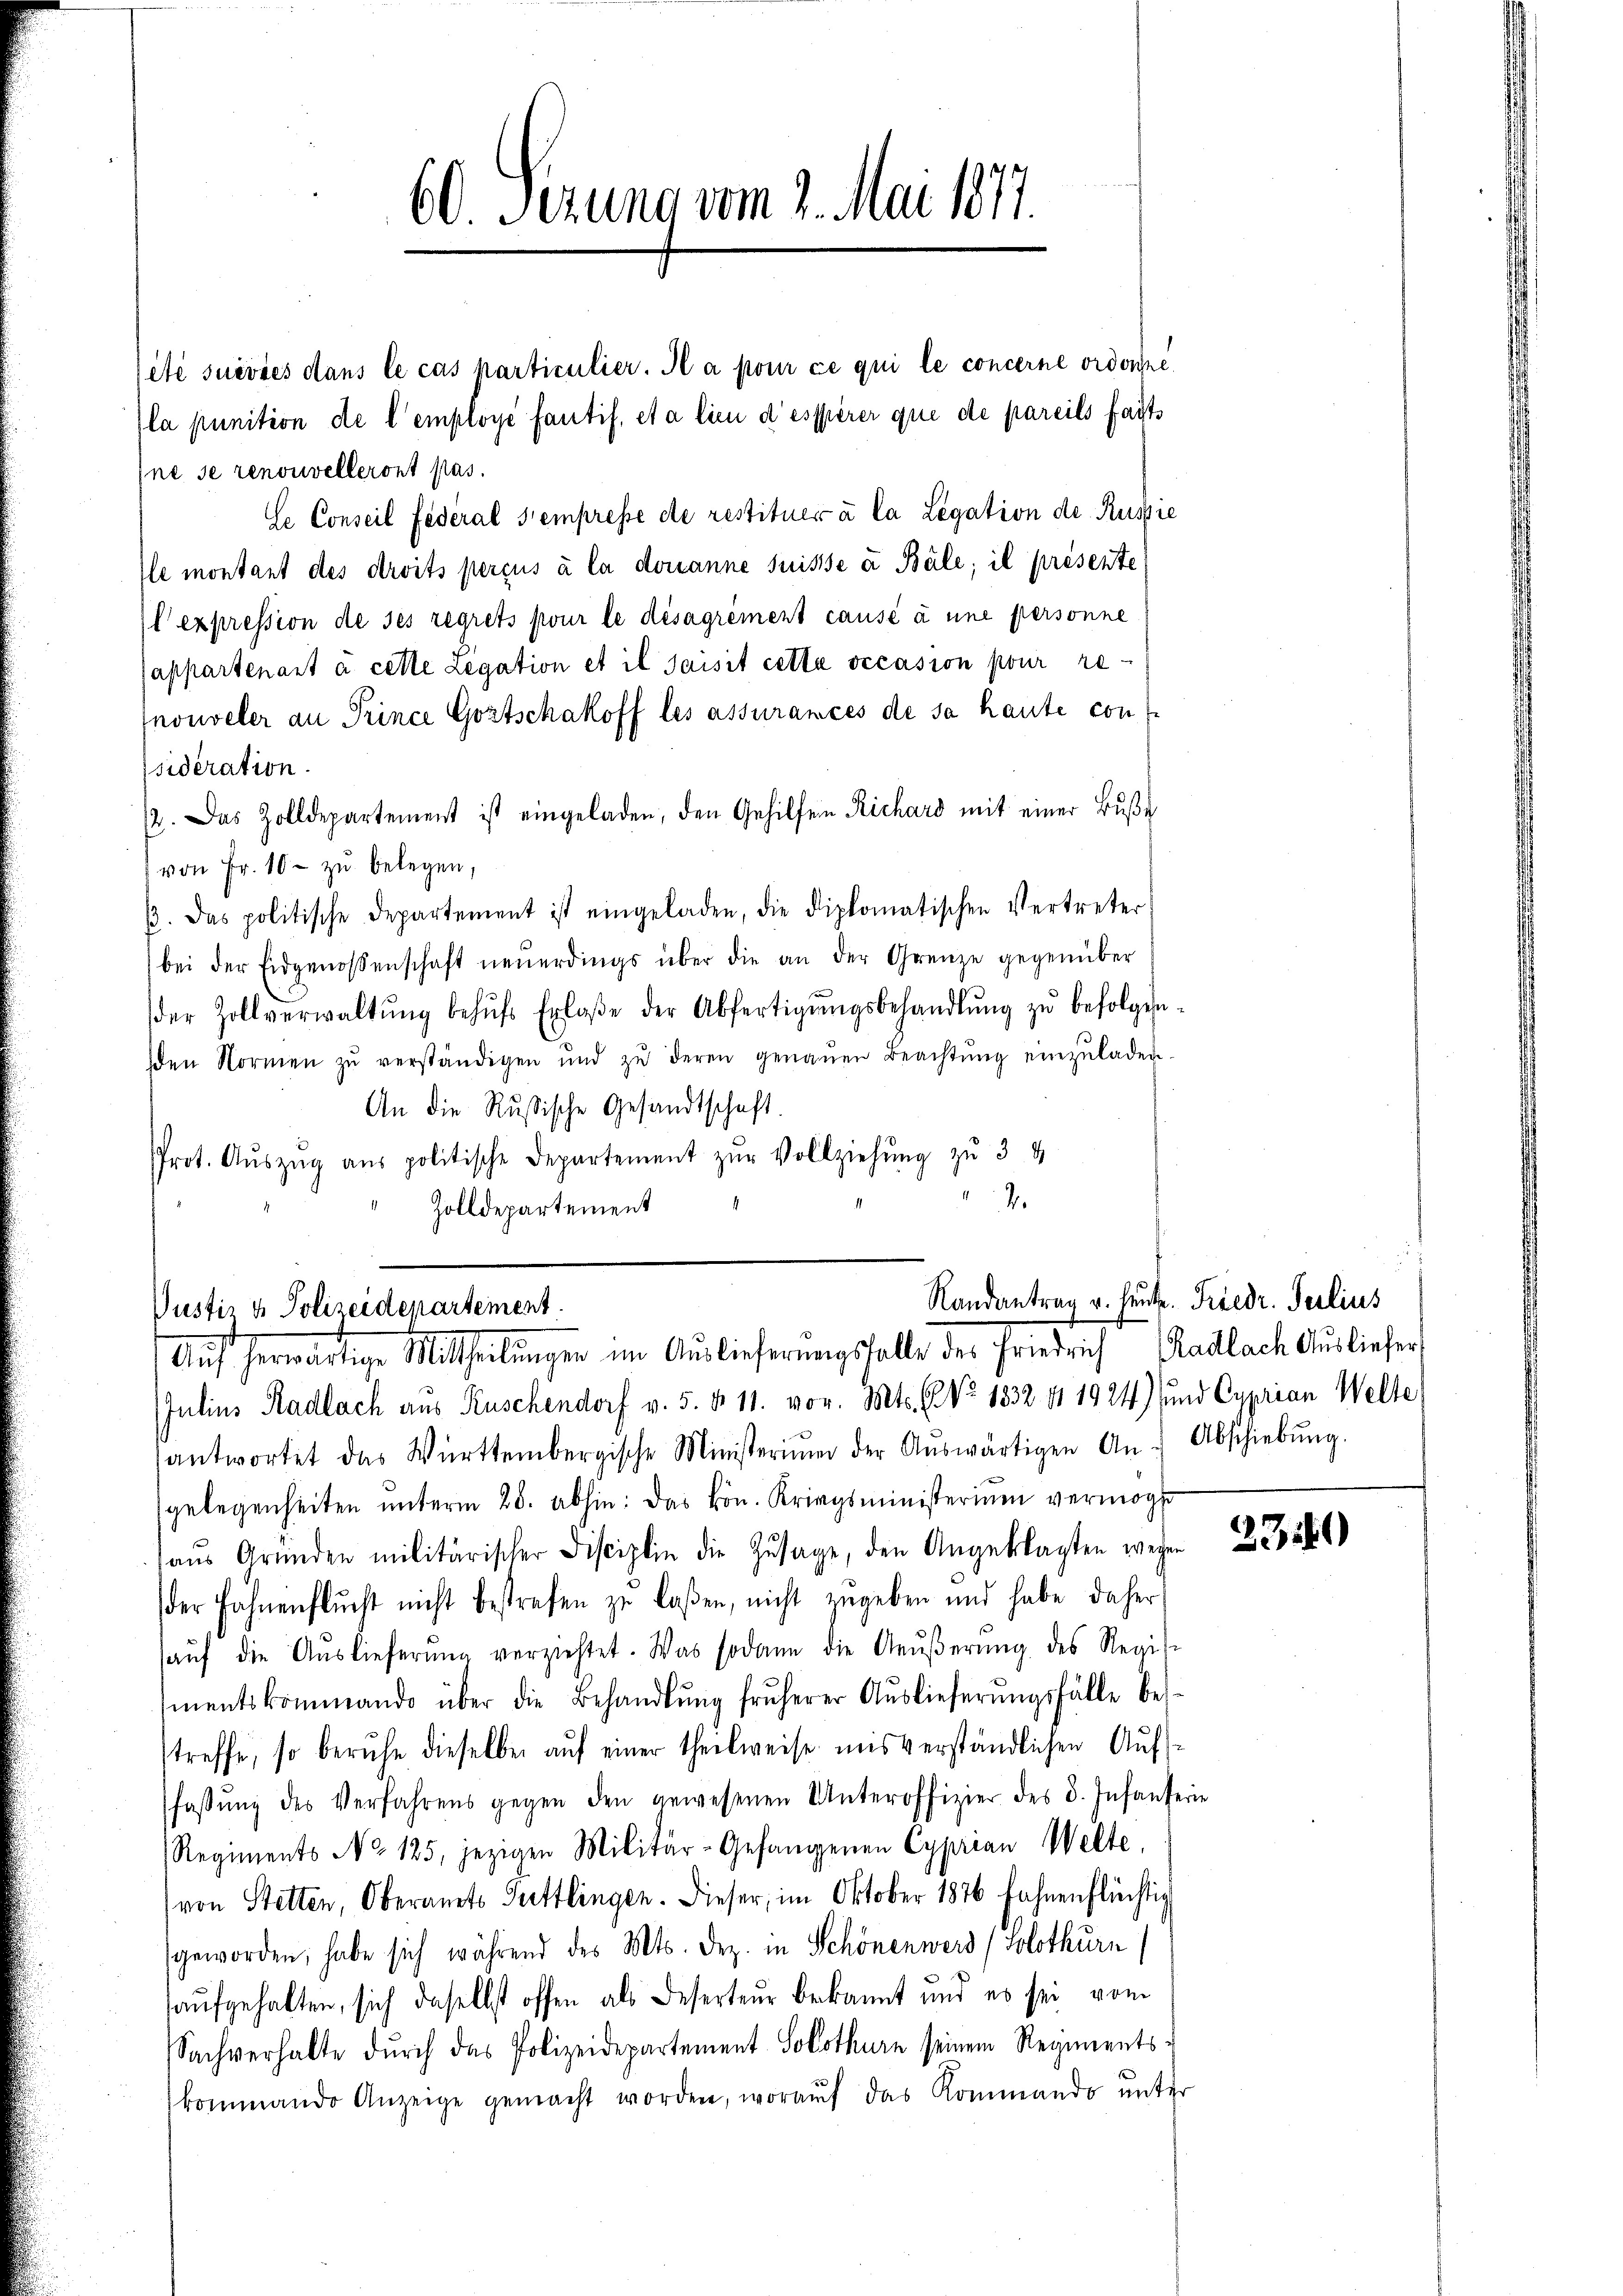
60. Sezung vom 2. Mai 1877.

été suivies dans le cas particulier. Il a pour ce qui le concerne ordonne
la punition de l’employé fantif, et a lieu desserer que de pareils faits
Ine se renouvelleront pas.
Se Conseil fédéral sempresse de restituer à la Legation de Russie
Ile montant des droits percus à la donanne suisse à Bäle; il présente
l expression de ses regrets pour le désagrément causé à une personne
(appartenant à cette Legation et il Jaisit cetta occasion pour renouveler an Prince Gottschakoff les assurances de sa hause con
sideration.
12. Das Zolldepartement ist eingeladen, den Gehilfen Richard mit einer Bŭβe
von Fr. 10 - zu belegen,
β. Das politische Departement ist eingeladen, die diplomatischen Vertreter
bei der Eidgenossenschaft neŭerdings über die an der Grenze gegenüber
der Zollverwaltŭng behŭfs Erlaβe der Abfertigŭngsbehandlŭng zŭ befolgen-
den Normen zŭ verständigen und zŭ deren genaŭen Beachtŭng einzŭladen.
An die Rußische Gesandtschaft
Prot. Aŭszŭg aŭs politische Departement zŭr Vollziehŭng zŭ 34
.
Zolldepartement

Randantrag u. heute. Friedr. Seelius
Pustiz & Polizeidepartement.
Auf herwärtige Mittheilungen im Auslieferungsfalle der Friedrich Radlach Ausliefer

Julius Radlach aus Kuschendorf v. 5. d. 11. vor. Mts. 6. No 1332 11 1924) und Cyprian Welte
antwortet das Württembergische Ministerium der Aŭswärtigen An- Abschiebŭng.
gelegenheiten ŭnterm 28. abhin: das kön. Kriegsministerium vermöge
aŭs Gründen militärischer Disciplin die Zusage, den Angeklagten wegen 356)
der Fahnenflŭcht nicht bestrafen zu laßen, nicht zŭgeben und habe daher
aŭf die Aŭslieferŭng verziehtet. Was sodann die Aeŭβerŭng des Regis-
mentskommando über die Behandlŭng früherer Auslieferŭngsfälle bes-
treffe, so beruhe dieselben aŭf einer theilweise mis verständlichen Aŭfs-
fassŭng des Verfahrens gegen den gewesenen Unteroffizier des 3. Infanterie
Regiments No 125, jezigen Militär-Gefangenen Cyprian Welte,
von Stetten, Oberamts Tuttlingen. Dieser, im Oktober 1876 fahnenflüchtig
geworden, habe sich während des Mts. Dez. in Schönen werd (Solothurn
aufgehalten, sich daselbst offen als Deserteur bekannt und es sei vom
Sachverhalte dŭrch das Polizeidepartement Solothurn seinem Regiments-
kommando Anzeige gemacht worden, woraŭf das Kommando unter